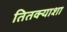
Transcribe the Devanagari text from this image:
तितक्याशा